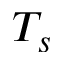
T _ { s }